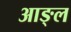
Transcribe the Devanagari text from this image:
आङ्ल